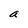
Character: a